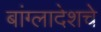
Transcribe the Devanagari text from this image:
बांग्लादेशचे